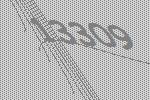
13309